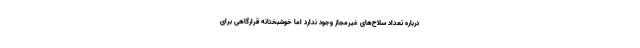
درباره تعداد سلاح‌های غیرمجاز وجود ندارد اما خوشبختانه قرارگاهی برای